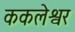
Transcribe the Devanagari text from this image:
ककलेश्वर